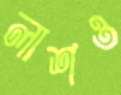
লাশও